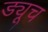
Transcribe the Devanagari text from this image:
ड्यूच